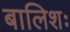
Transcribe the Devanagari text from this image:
बालिशः